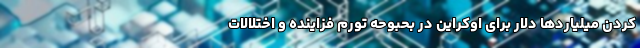
کردن میلیاردها دلار برای اوکراین در بحبوحه تورم فزاینده و اختلالات